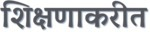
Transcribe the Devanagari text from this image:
शिक्षणाकरीत